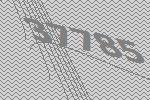
37785